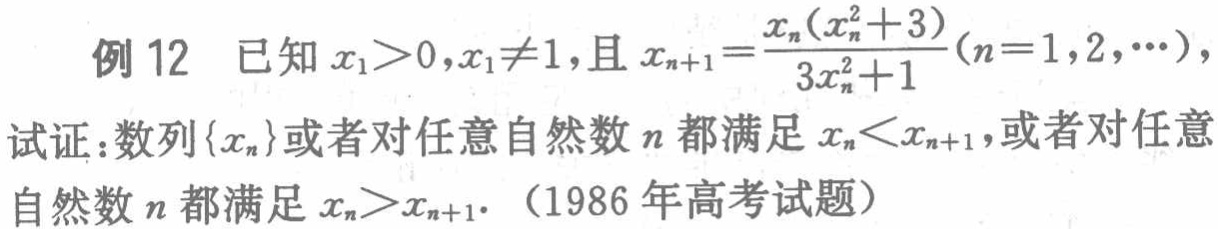
例 12 已知 \(x_{1}>0,x_{1}\neq1\),且 \(x_{n + 1}=\frac{x_{n}(x_{n}^{2}+3)}{3x_{n}^{2}+1}(n = 1,2,\cdots)\),
试证：数列\(\{x_{n}\}\)或者对任意自然数 \(n\)都满足 \(x_{n}<x_{n + 1}\),或者对任意自然数 \(n\)都满足 \(x_{n}>x_{n + 1}\).（1986 年高考试题）